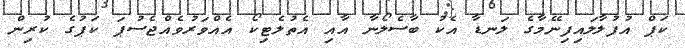
ކަޕް އުފުލާލައިފިނޭމާގެ ލަނޑާ އެކު ބާސެލޯނާ އާއި އެތުލެޓިކޯ އެއްވަރުވެއްޖެސުޕަ ކަޕުގެ ކުރިން